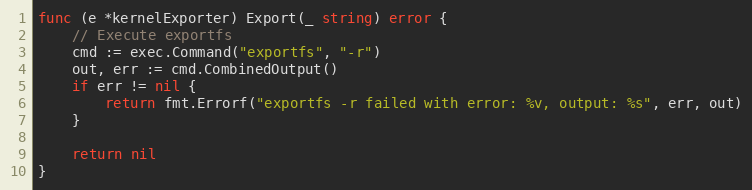
Language: Go
func (e *kernelExporter) Export(_ string) error {
	// Execute exportfs
	cmd := exec.Command("exportfs", "-r")
	out, err := cmd.CombinedOutput()
	if err != nil {
		return fmt.Errorf("exportfs -r failed with error: %v, output: %s", err, out)
	}

	return nil
}